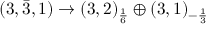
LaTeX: ( 3 , { \bar { 3 } } , 1 ) \rightarrow ( 3 , 2 ) _ { \frac { 1 } { 6 } } \oplus ( 3 , 1 ) _ { - { \frac { 1 } { 3 } } }